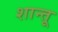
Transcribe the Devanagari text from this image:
शान्तू